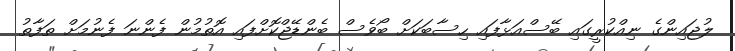
ލުޖައިންގެ ނިއްކުރީގައި ބޭސްއަޅާފައި ހިސާބަކަށް ބޯވެސް ބެންޑޭޖްކޮށްފައި އޮތުމުން ފެންނަ ފެނުމަށް ތަފާތު